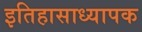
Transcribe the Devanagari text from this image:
इतिहासाध्यापक